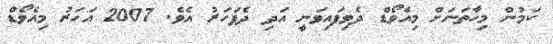
ކަމުން މިހާތަނަށް މިއެވޯޑް ދެވިފައިވަނީ އަދި ދެފަހަރު އެވެ. 2007 އަހަރު މިއެވޯޑް